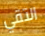
التقي